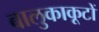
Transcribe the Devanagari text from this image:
बालुकाकूटों